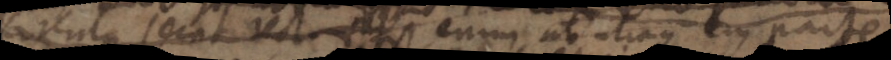
circulus secat recta fit enim ab utraque ejus parte